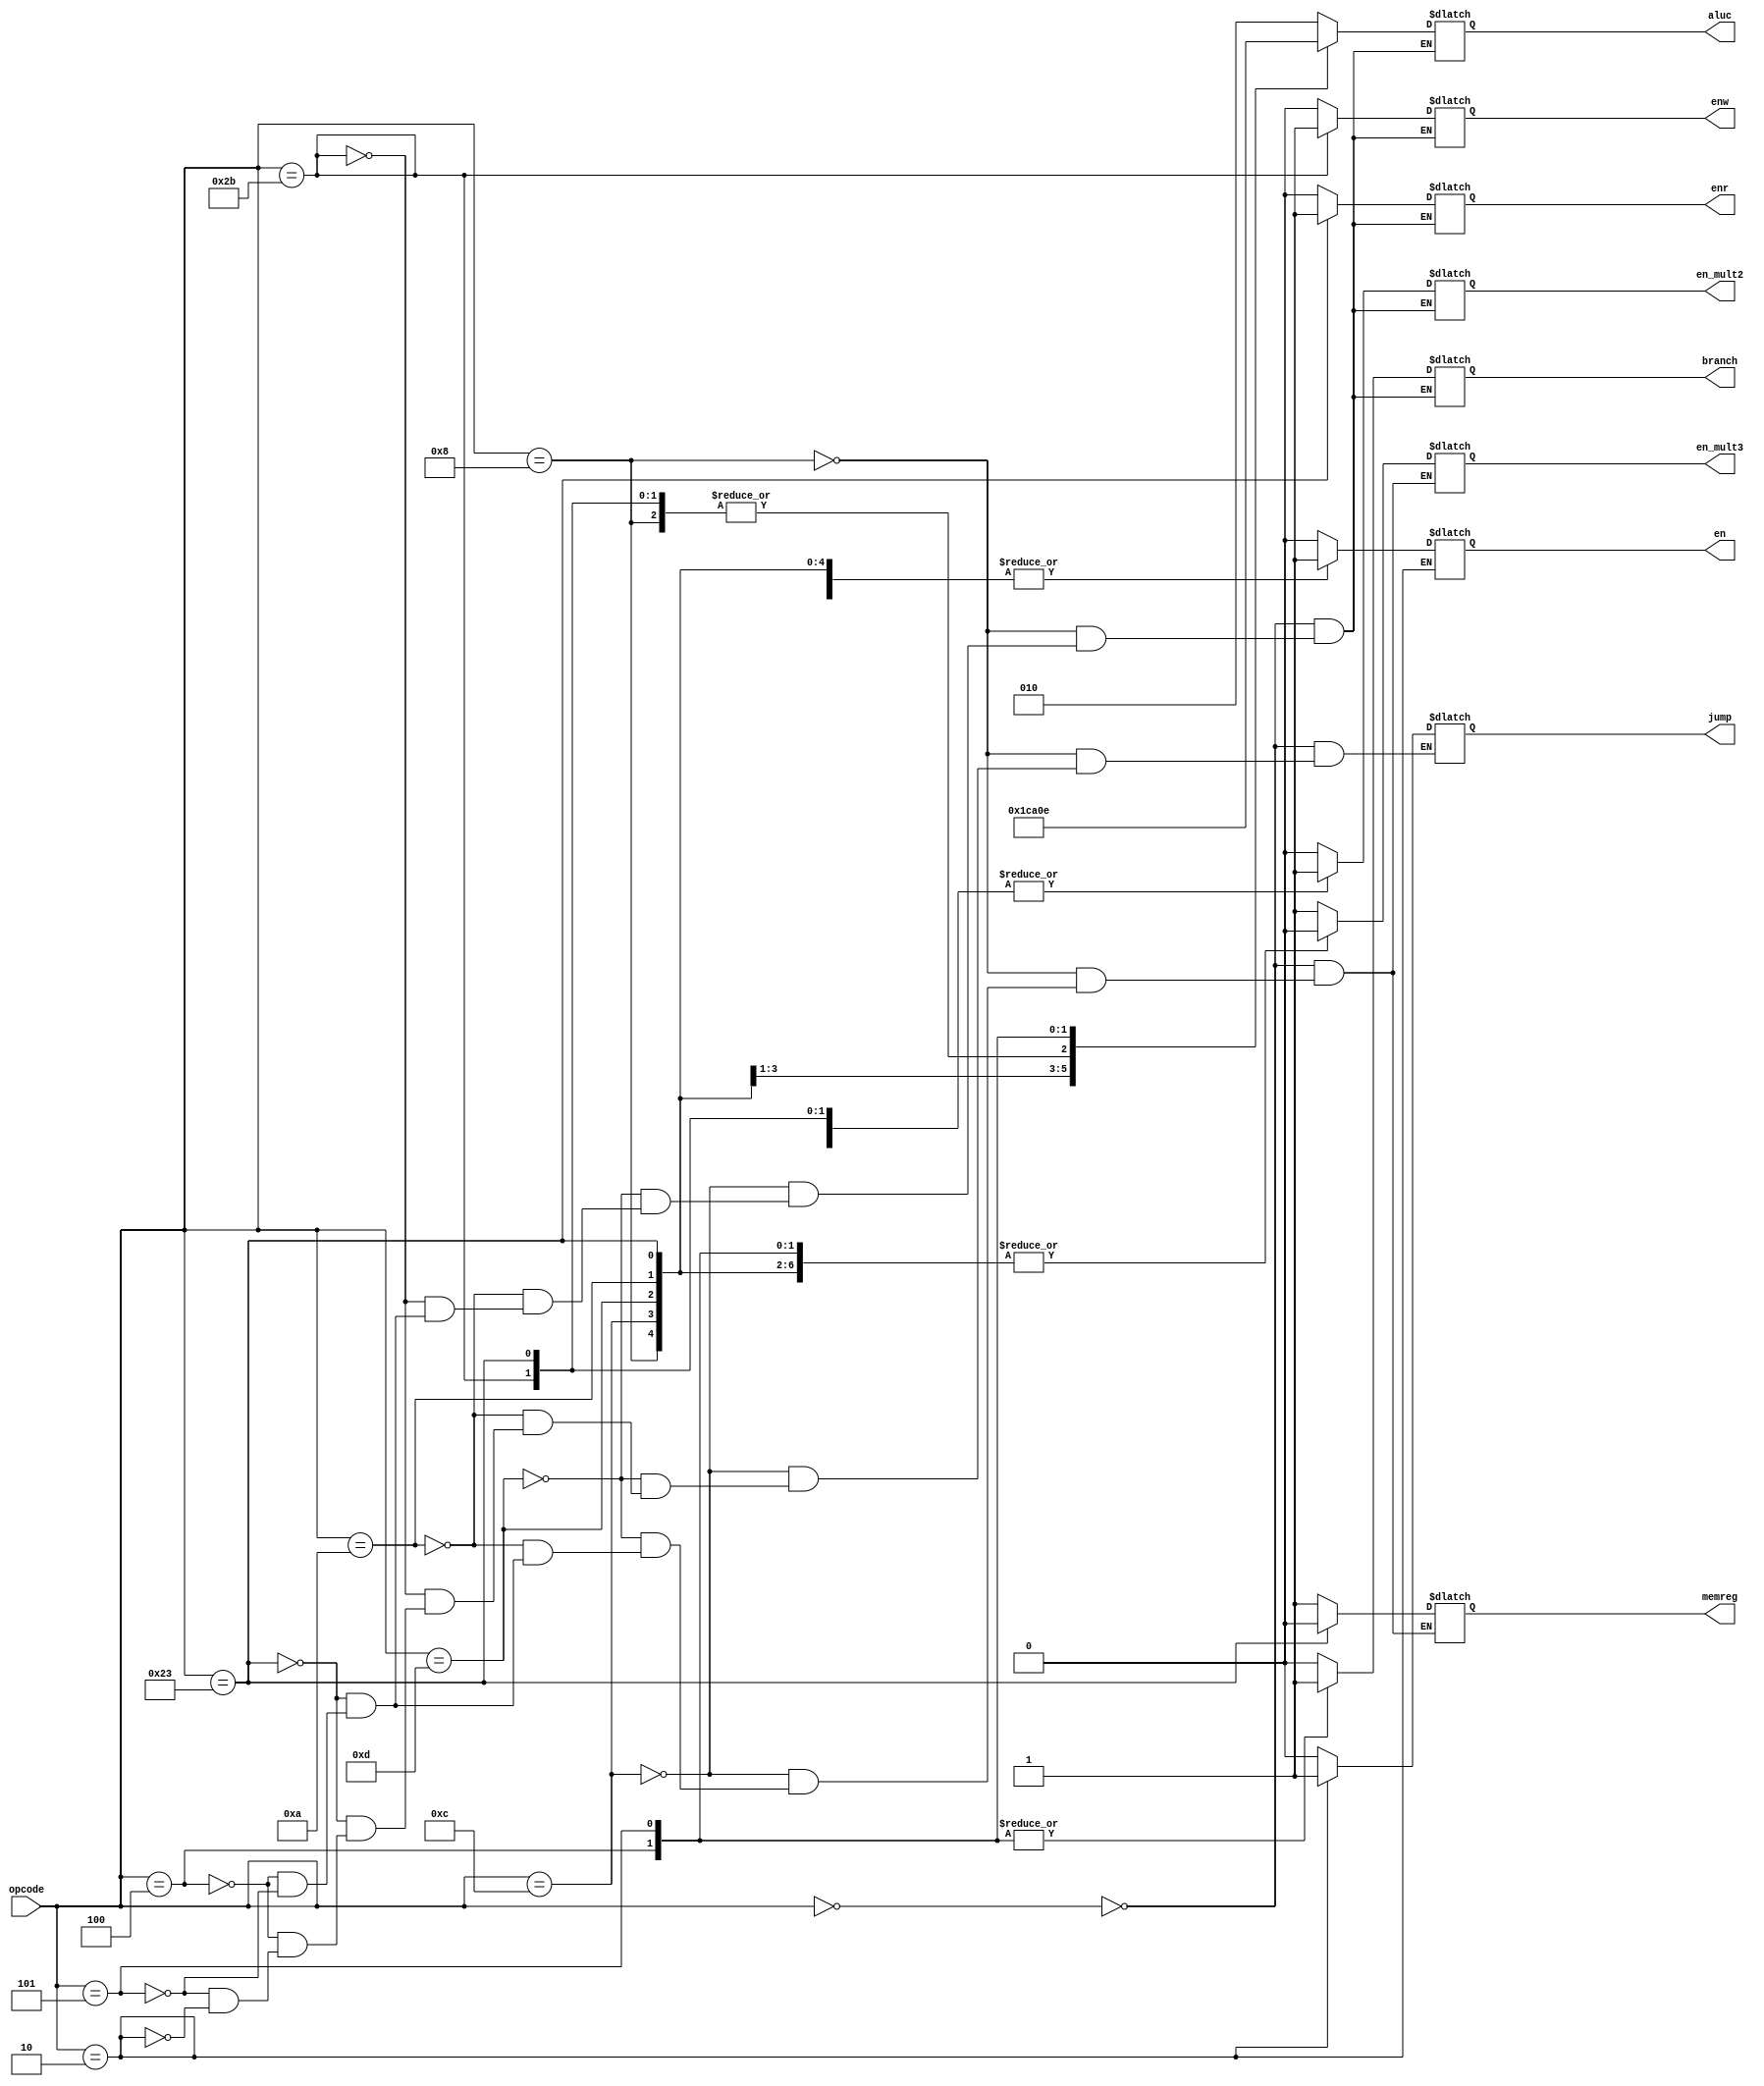
module UC(
input [5:0] opcode,
output reg en,
output reg memreg,
output reg enw,
output reg enr,
output reg en_mult2,
output reg en_mult3,
output reg jump,
output reg branch,
output reg [2:0]aluc

);
always @(*)
	begin
	case (opcode)
	//tipo R
			6'b000000:
				begin
					en=1'b1;
					memreg=1'b1;
					enw=1'b0;
					enr=1'b0;
					aluc=3'b010;
					en_mult2=1'b0;
					en_mult3=1'b1;
					branch=1'b0;
					jump=1'b0;
				end
	//tipo I
			6'b001000: //Addi
				begin
					en=1'b1;
					memreg=1'b1;
					enw=1'b0;
					enr=1'b0;
					aluc=3'b000;
					en_mult2=1'b1;
					en_mult3=1'b0;
					jump=0;
					branch=0;
				end
			6'b001100: //Andi
				begin
					en=1'b1;
					memreg=1'b1;
					enw=1'b0;
					enr=1'b0;
					aluc=3'b011;
					en_mult2=1'b1;
					en_mult3=1'b0;
					jump=0;
					branch=0;
				end
			6'b001101: //Ori
				begin
					en=1'b1;
					memreg=1'b1;
					enw=1'b0;
					enr=1'b0;
					aluc=3'b100;
					en_mult2=1'b1;
					en_mult3=1'b0;
					jump=0;
					branch=0;
				end
			6'b001010: //SLTI
				begin
					en=1'b1;
					memreg=1'b1;
					enw=1'b0;
					enr=1'b0;
					aluc=3'b101;
					en_mult2=1'b1;
					en_mult3=1'b0;
					jump=0;
					branch=0;
				end
			6'b101011://SW
				begin
					en=1'b0;
					//memreg=1'b1;
					enw=1'b1;
					enr=1'b0;
					aluc=3'b000;
					en_mult2=1'b1;
					//en_mult3=1'b0;
					jump=0;
					branch=0;
				end
			6'b100011://lw
				begin
					en=1'b1;
					memreg=1'b0;
					enw=1'b0;
					enr=1'b1;
					aluc=3'b000;
					en_mult2=1'b1;
					en_mult3=1'b0;
					jump=0;
					branch=0;
				end
			6'b000100://BEQ
				begin
					en=1'b0;
					memreg=1'b1;
					enw=1'b0;
					enr=1'b0;
					aluc=3'b001;
					en_mult2=1'b0;
					en_mult3=1'b0;
					jump=1'b0;
					branch=1'b1;
				end
			6'b000101://BNE
				begin
					en=1'b0;
					memreg=1'b1;
					enw=1'b0;
					enr=1'b0;
					aluc=3'b110;
					en_mult2=1'b0;
					en_mult3=1'b0;
					jump=1'b0;
					branch=1'b1;
				end
			6'b000010://J
				begin
					jump=1'b1;
				end
		default:
			begin
				en=0;
			end
		endcase
	end

endmodule